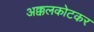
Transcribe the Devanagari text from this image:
अक्कलकोटकर